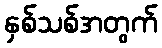
နှစ်သစ်အတွက်